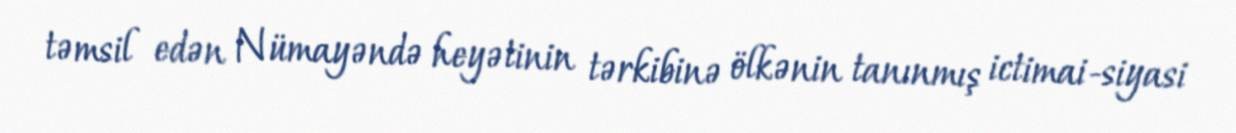
təmsil edən Nümayəndə heyətinin tərkibinə ölkənin tanınmış ictimai-siyasi